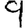
Digit: 9